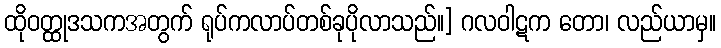
ထိုဝတ္ထုဒသကအတွက် ရုပ်ကလာပ်တစ်ခုပိုလာသည်။] ဂလဝါဋက တော၊ လည်ယာမှ။